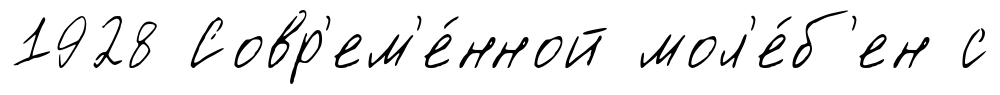
1928 Совр'ем'е́нной мол'е́б'ен с